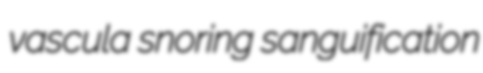
vascula snoring sanguification